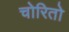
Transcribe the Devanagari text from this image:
चोरितो